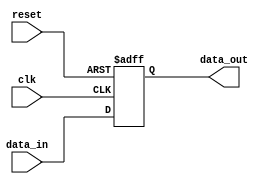
module latch (
    input wire clk,
    input wire reset,
    input wire data_in,
    output reg data_out
);

always @(posedge clk or posedge reset) begin
    if (reset) begin
        data_out <= 1'b0;
    end else begin
        data_out <= data_in;
    end
end

endmodule